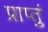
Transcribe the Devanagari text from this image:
प्राप्तुं